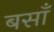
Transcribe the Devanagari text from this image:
बसाँ